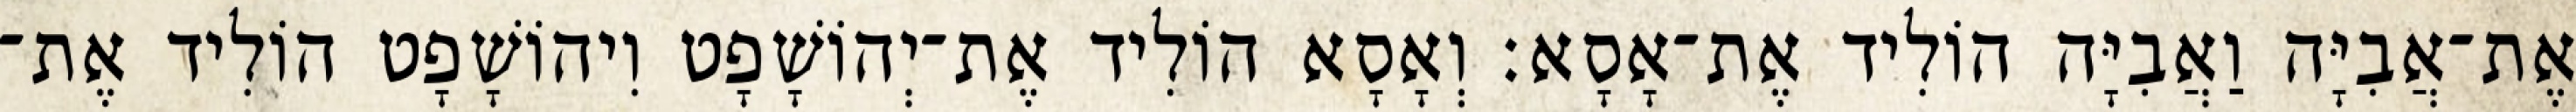
אֶת־אֲבִיָּה וַאֲבִיָּה הוֹלִיד אֶת־אָסָא׃ וְאָסָא הוֹלִיד אֶת־יְהוֹשָׁפָט וִיהוֹשָׁפָט הוֹלִיד אֶת־